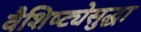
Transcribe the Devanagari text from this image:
वैशिष्ट्येसुद्धा